Lunatic asylums Madras 1877-1891 - 1877-1891
Year: 1877
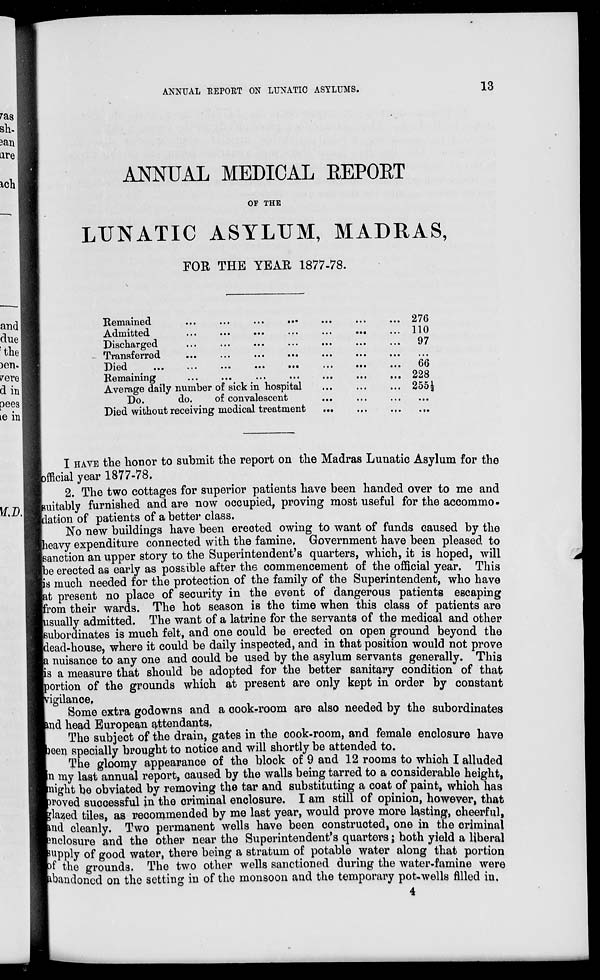
ANNUAL REPORT ON LUNATIC ASYLUMS.
13
ANNUAL MEDICAL REPORT
OF THE
LUNATIC ASYLUM, MADRAS,
FOR THE YEAR 1877-78.
Remained ... ... ... ... ... ... ...
Admitted
...
...
...
...
...
...
...
Discharged ... ... ... ... ... ... ...
Transferred ... ... ... ... ... ... ...
Died ... ... ... ... ... ... ... ...
Remaining ... ... ... ... ... ... ...
Average daily number of sick in hospital
...
...
...
Do.
do.
of convalescent ... ... ...
Died without receiving medical treatment
...
...
...
276
110
97
...
66
228
255½
...
...
I HAVE the honor to submit the report on the Madras Lunatic Asylum for the
official year 1877-78.
2. The two cottages for superior patients have been handed over to me and
suitably furnished and are now occupied, proving most useful for the accommo-
dation of patients of a better class.
No new buildings have been erected owing to want of funds caused by the
heavy expenditure connected with the famine. Government have been pleased to
sanction an upper story to the Superintendent's quarters, which, it is hoped, will
be erected as early as possible after the commencement of the official year. This
is much needed for the protection of the family of the Superintendent, who have
at present no place of security in the event of dangerous patients escaping
from their wards. The hot season is the time when this class of patients are
usually admitted. The want of a latrine for the servants of the medical and other
subordinates is much felt, and one could be erected on open ground beyond the
dead-house, where it could be daily inspected, and in that position would not prove
a nuisance to any one and could be used by the asylum servants generally. This
is a measure that should be adopted for the better sanitary condition of that
portion of the grounds which at present are only kept in order by constant
vigilance.
Some extra godowns and a cook-room are also needed by the subordinates
and head European attendants.
The subject of the drain, gates in the cook-room, and female enclosure have
been specially brought to notice and will shortly be attended to.
The gloomy appearance of the block of 9 and 12 rooms to which I alluded
in my last annual report, caused by the walls being tarred to a considerable height,
might be obviated by removing the tar and substituting a coat of paint, which has
proved successful in the criminal enclosure. I am still of opinion, however, that
glazed tiles, as recommended by me last year, would prove more lasting, cheerful,
and cleanly. Two permanent wells have been constructed, one in the criminal
enclosure and the other near the Superintendent's quarters ; both yield a liberal
supply of good water, there being a stratum of potable water along that portion
of the grounds. The two other wells sanctioned during the water-famine were
abandoned on the setting in of the monsoon and the temporary pot-wells filled in.
4